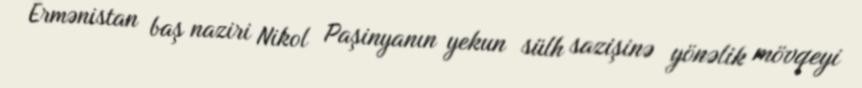
Ermənistan baş naziri Nikol Paşinyanın yekun sülh sazişinə yönəlik mövqeyi